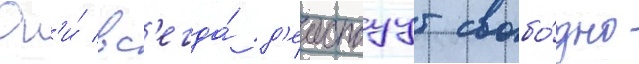
Он'и́ вс'егда́ д'еиствуут свобо́дно